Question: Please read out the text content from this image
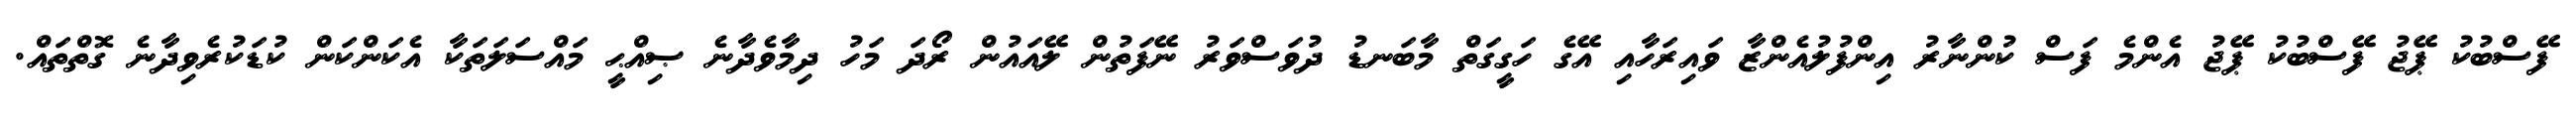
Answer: ފޭސްބުކު ޕޭޖު ފޭސްބުކު ޕޭޖު އެންމެ ފަސް ކުންނާރު އިންފުލުއެންޒާ ވައިރަހާއި އޭގެ ހަގީގަތް މާބަނޑު ދުވަސްވަރު ނޭފަތުން ލޭއައުން ރޯދަ މަހު ދިމާވެދާނެ ޞިއްޙީ މައްސަލަތަކާ އެކަންކަން ކުޑަކުރެވިދާނެ ގޮތްތައް.